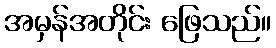
အမှန်အတိုင်း ဖြေသည်။